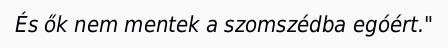
És ők nem mentek a szomszédba egóért."